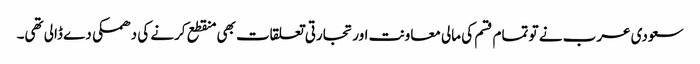
سعودی عرب نے تو تمام قسم کی مالی معاونت اور تجارتی تعلقات بھی منقطع کرنے کی دھمکی دے ڈالی تھی۔